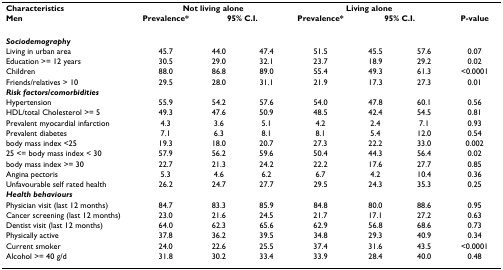
<table><thead><tr><td><b>Characteristics</b></td><td colspan="3"><b>Not living alone</b></td><td colspan="3"><b>Living alone</b></td><td></td></tr><tr><td><b>Men</b></td><td><b>Prevalence*</b></td><td colspan="2"><b>95% C.I.</b></td><td><b>Prevalence*</b></td><td colspan="2"><b>95% C.I.</b></td><td><b>P-value</b></td></tr></thead><tbody><tr><td><b><i>Sociodemography</i></b></td><td></td><td></td><td></td><td></td><td></td><td></td><td></td></tr><tr><td>Living in urban area</td><td>45.7</td><td>44.0</td><td>47.4</td><td>51.5</td><td>45.5</td><td>57.6</td><td>0.07</td></tr><tr><td>Education &gt;= 12 years</td><td>30.5</td><td>29.0</td><td>32.1</td><td>23.7</td><td>18.9</td><td>29.2</td><td>0.02</td></tr><tr><td>Children</td><td>88.0</td><td>86.8</td><td>89.0</td><td>55.4</td><td>49.3</td><td>61.3</td><td>&lt;0.0001</td></tr><tr><td>Friends/relatives &gt; 10</td><td>29.5</td><td>28.0</td><td>31.1</td><td>21.9</td><td>17.3</td><td>27.3</td><td>0.01</td></tr><tr><td><b><i>Risk factors/comorbidities</i></b></td><td></td><td></td><td></td><td></td><td></td><td></td><td></td></tr><tr><td>Hypertension</td><td>55.9</td><td>54.2</td><td>57.6</td><td>54.0</td><td>47.8</td><td>60.1</td><td>0.56</td></tr><tr><td>HDL/total Cholesterol &gt;= 5</td><td>49.3</td><td>47.6</td><td>50.9</td><td>48.5</td><td>42.4</td><td>54.5</td><td>0.81</td></tr><tr><td>Prevalent myocardial infarction</td><td>4.3</td><td>3.6</td><td>5.1</td><td>4.2</td><td>2.4</td><td>7.1</td><td>0.93</td></tr><tr><td>Prevalent diabetes</td><td>7.1</td><td>6.3</td><td>8.1</td><td>8.1</td><td>5.4</td><td>12.0</td><td>0.54</td></tr><tr><td>body mass index &lt;25</td><td>19.3</td><td>18.0</td><td>20.7</td><td>27.3</td><td>22.2</td><td>33.0</td><td>0.002</td></tr><tr><td>25 &lt;= body mass index &lt; 30</td><td>57.9</td><td>56.2</td><td>59.6</td><td>50.4</td><td>44.3</td><td>56.4</td><td>0.02</td></tr><tr><td>body mass index &gt;= 30</td><td>22.7</td><td>21.3</td><td>24.2</td><td>22.2</td><td>17.6</td><td>27.7</td><td>0.85</td></tr><tr><td>Angina pectoris</td><td>5.3</td><td>4.6</td><td>6.2</td><td>6.7</td><td>4.2</td><td>10.4</td><td>0.36</td></tr><tr><td>Unfavourable self rated health</td><td>26.2</td><td>24.7</td><td>27.7</td><td>29.5</td><td>24.3</td><td>35.3</td><td>0.25</td></tr><tr><td><b><i>Health behaviours</i></b></td><td></td><td></td><td></td><td></td><td></td><td></td><td></td></tr><tr><td>Physician visit (last 12 months)</td><td>84.7</td><td>83.3</td><td>85.9</td><td>84.8</td><td>80.0</td><td>88.6</td><td>0.95</td></tr><tr><td>Cancer screening (last 12 months)</td><td>23.0</td><td>21.6</td><td>24.5</td><td>21.7</td><td>17.1</td><td>27.2</td><td>0.63</td></tr><tr><td>Dentist visit (last 12 months)</td><td>64.0</td><td>62.3</td><td>65.6</td><td>62.9</td><td>56.8</td><td>68.6</td><td>0.73</td></tr><tr><td>Physically active</td><td>37.8</td><td>36.2</td><td>39.5</td><td>34.8</td><td>29.3</td><td>40.9</td><td>0.34</td></tr><tr><td>Current smoker</td><td>24.0</td><td>22.6</td><td>25.5</td><td>37.4</td><td>31.6</td><td>43.5</td><td>&lt;0.0001</td></tr><tr><td>Alcohol &gt;= 40 g/d</td><td>31.8</td><td>30.2</td><td>33.4</td><td>33.9</td><td>28.4</td><td>40.0</td><td>0.48</td></tr></tbody></table>